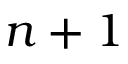
n + 1